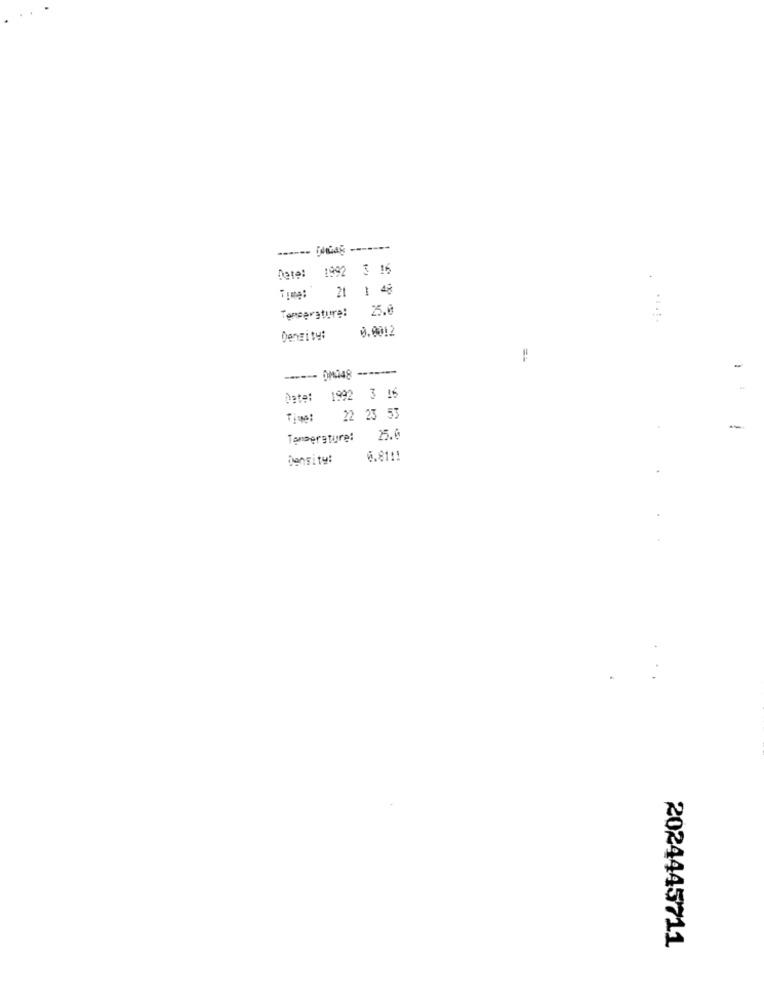
Date: 1992 3 16
Time: 21 1 48
25.0
Temperatura!
. ....
0.0012
Density:
Date: 1992 3 16
Time:
22 23 53
-
Temperature:
25.0
Density:
6.81 !!
2024445711